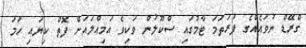
ގްރޭޑް ނުވައެއްގެ ފުރަތަމަ ޓާމުގައި ސްކޫލުން ވަކިވެ އަމިއްލައަށް ފޮތް ކިޔައި ހަމަ